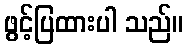
ဖွင့်ပြထားပါ သည်။